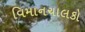
વિમાનચાલકો